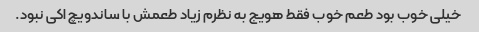
خیلی خوب بود طعم خوب فقط هویج به نظرم زیاد طعمش با ساندویچ اکی نبود.